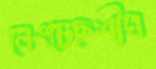
নেংচেছশীঘ